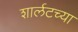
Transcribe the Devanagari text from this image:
शार्लटच्या